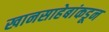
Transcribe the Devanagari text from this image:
खानसाहेबांकडून